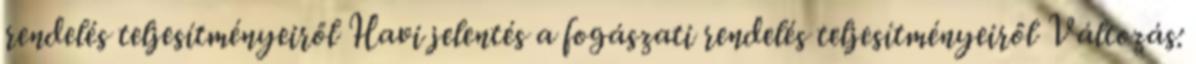
rendelés teljesítményeiről Havi jelentés a fogászati rendelés teljesítményeiről Változás: